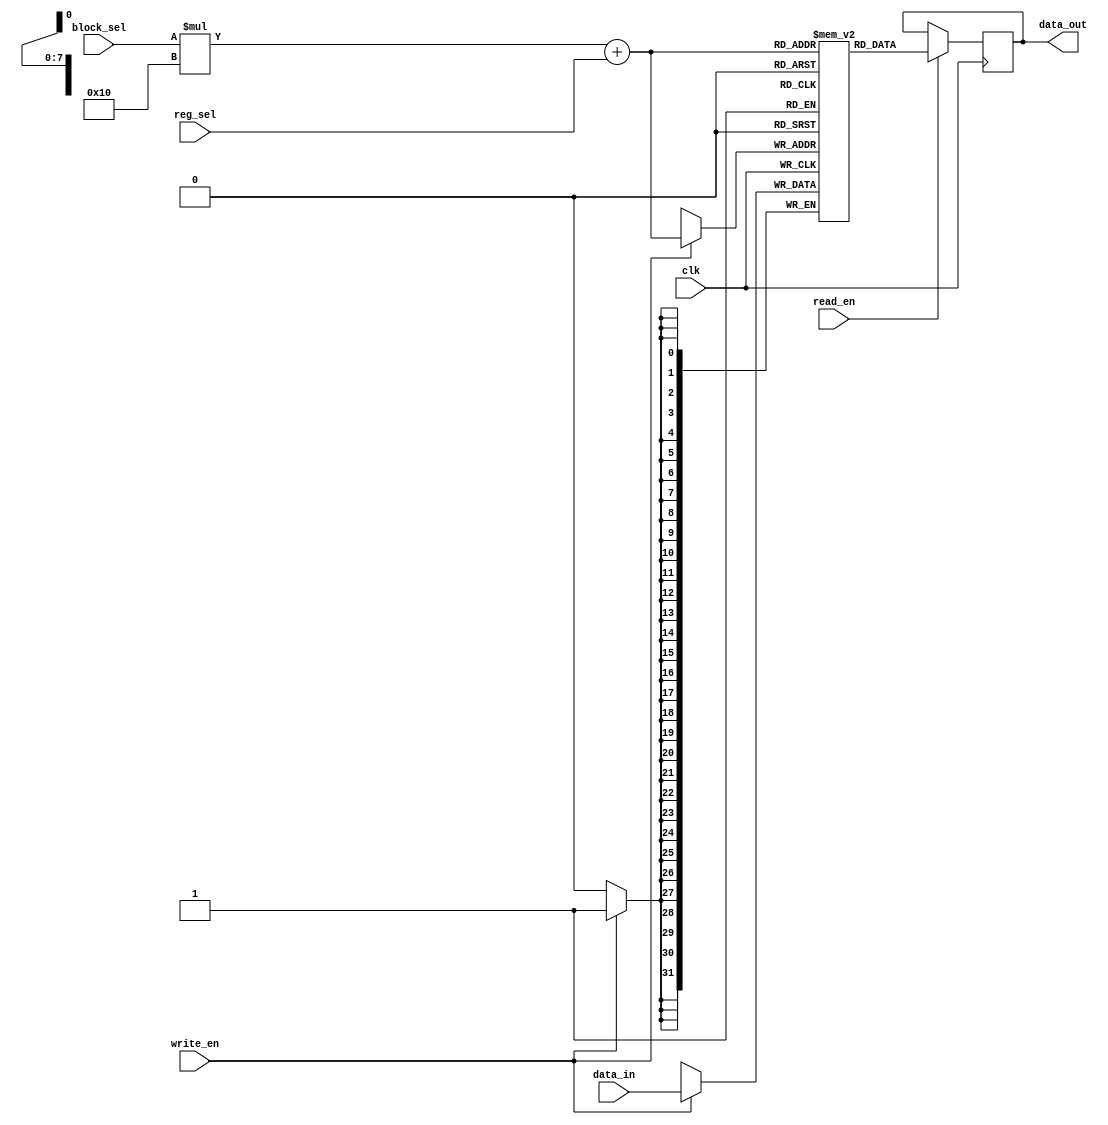
module register_file (
  input wire clk,
  input wire read_en,
  input wire write_en,
  input wire [3:0] block_sel,
  input wire [3:0] reg_sel,
  input wire [31:0] data_in,
  output reg [31:0] data_out
);

reg [31:0] registers [0:15][0:15];

always @(posedge clk) begin
  if (read_en) begin
    data_out <= registers[block_sel][reg_sel];
  end
  
  if (write_en) begin
    registers[block_sel][reg_sel] <= data_in;
  end
end

endmodule